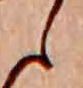
ら